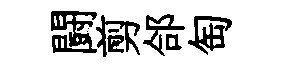
闘剪郃匋